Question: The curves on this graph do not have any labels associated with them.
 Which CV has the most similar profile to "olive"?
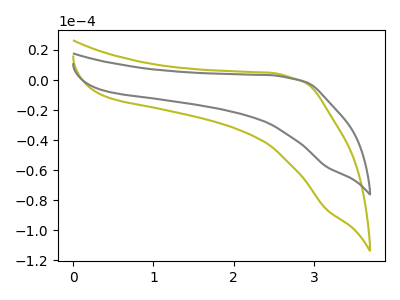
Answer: <think>The olive curve "olive" has no peaks. The gray curve "gray" has no peaks.
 Neither "olive" or "gray" have any peaks.</think>
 <answer>The CV with the most similar shape to "gray" is "olive".</answer>
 <eval>"olive"</eval>